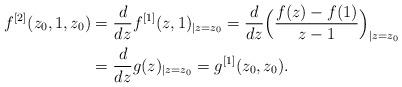
LaTeX: \begin{align*}f^{[2]}(z_0,1,z_0) & =\frac{d}{dz}f^{[1]}(z,1)_{\vert z=z_0}=\frac{d}{dz}\Big(\frac{f(z)-f(1)}{z-1}\Big)_{\vert z=z_0}\\ &= \frac{d}{dz}g(z)_{\vert z=z_0}=g^{[1]}(z_0,z_0).\end{align*}